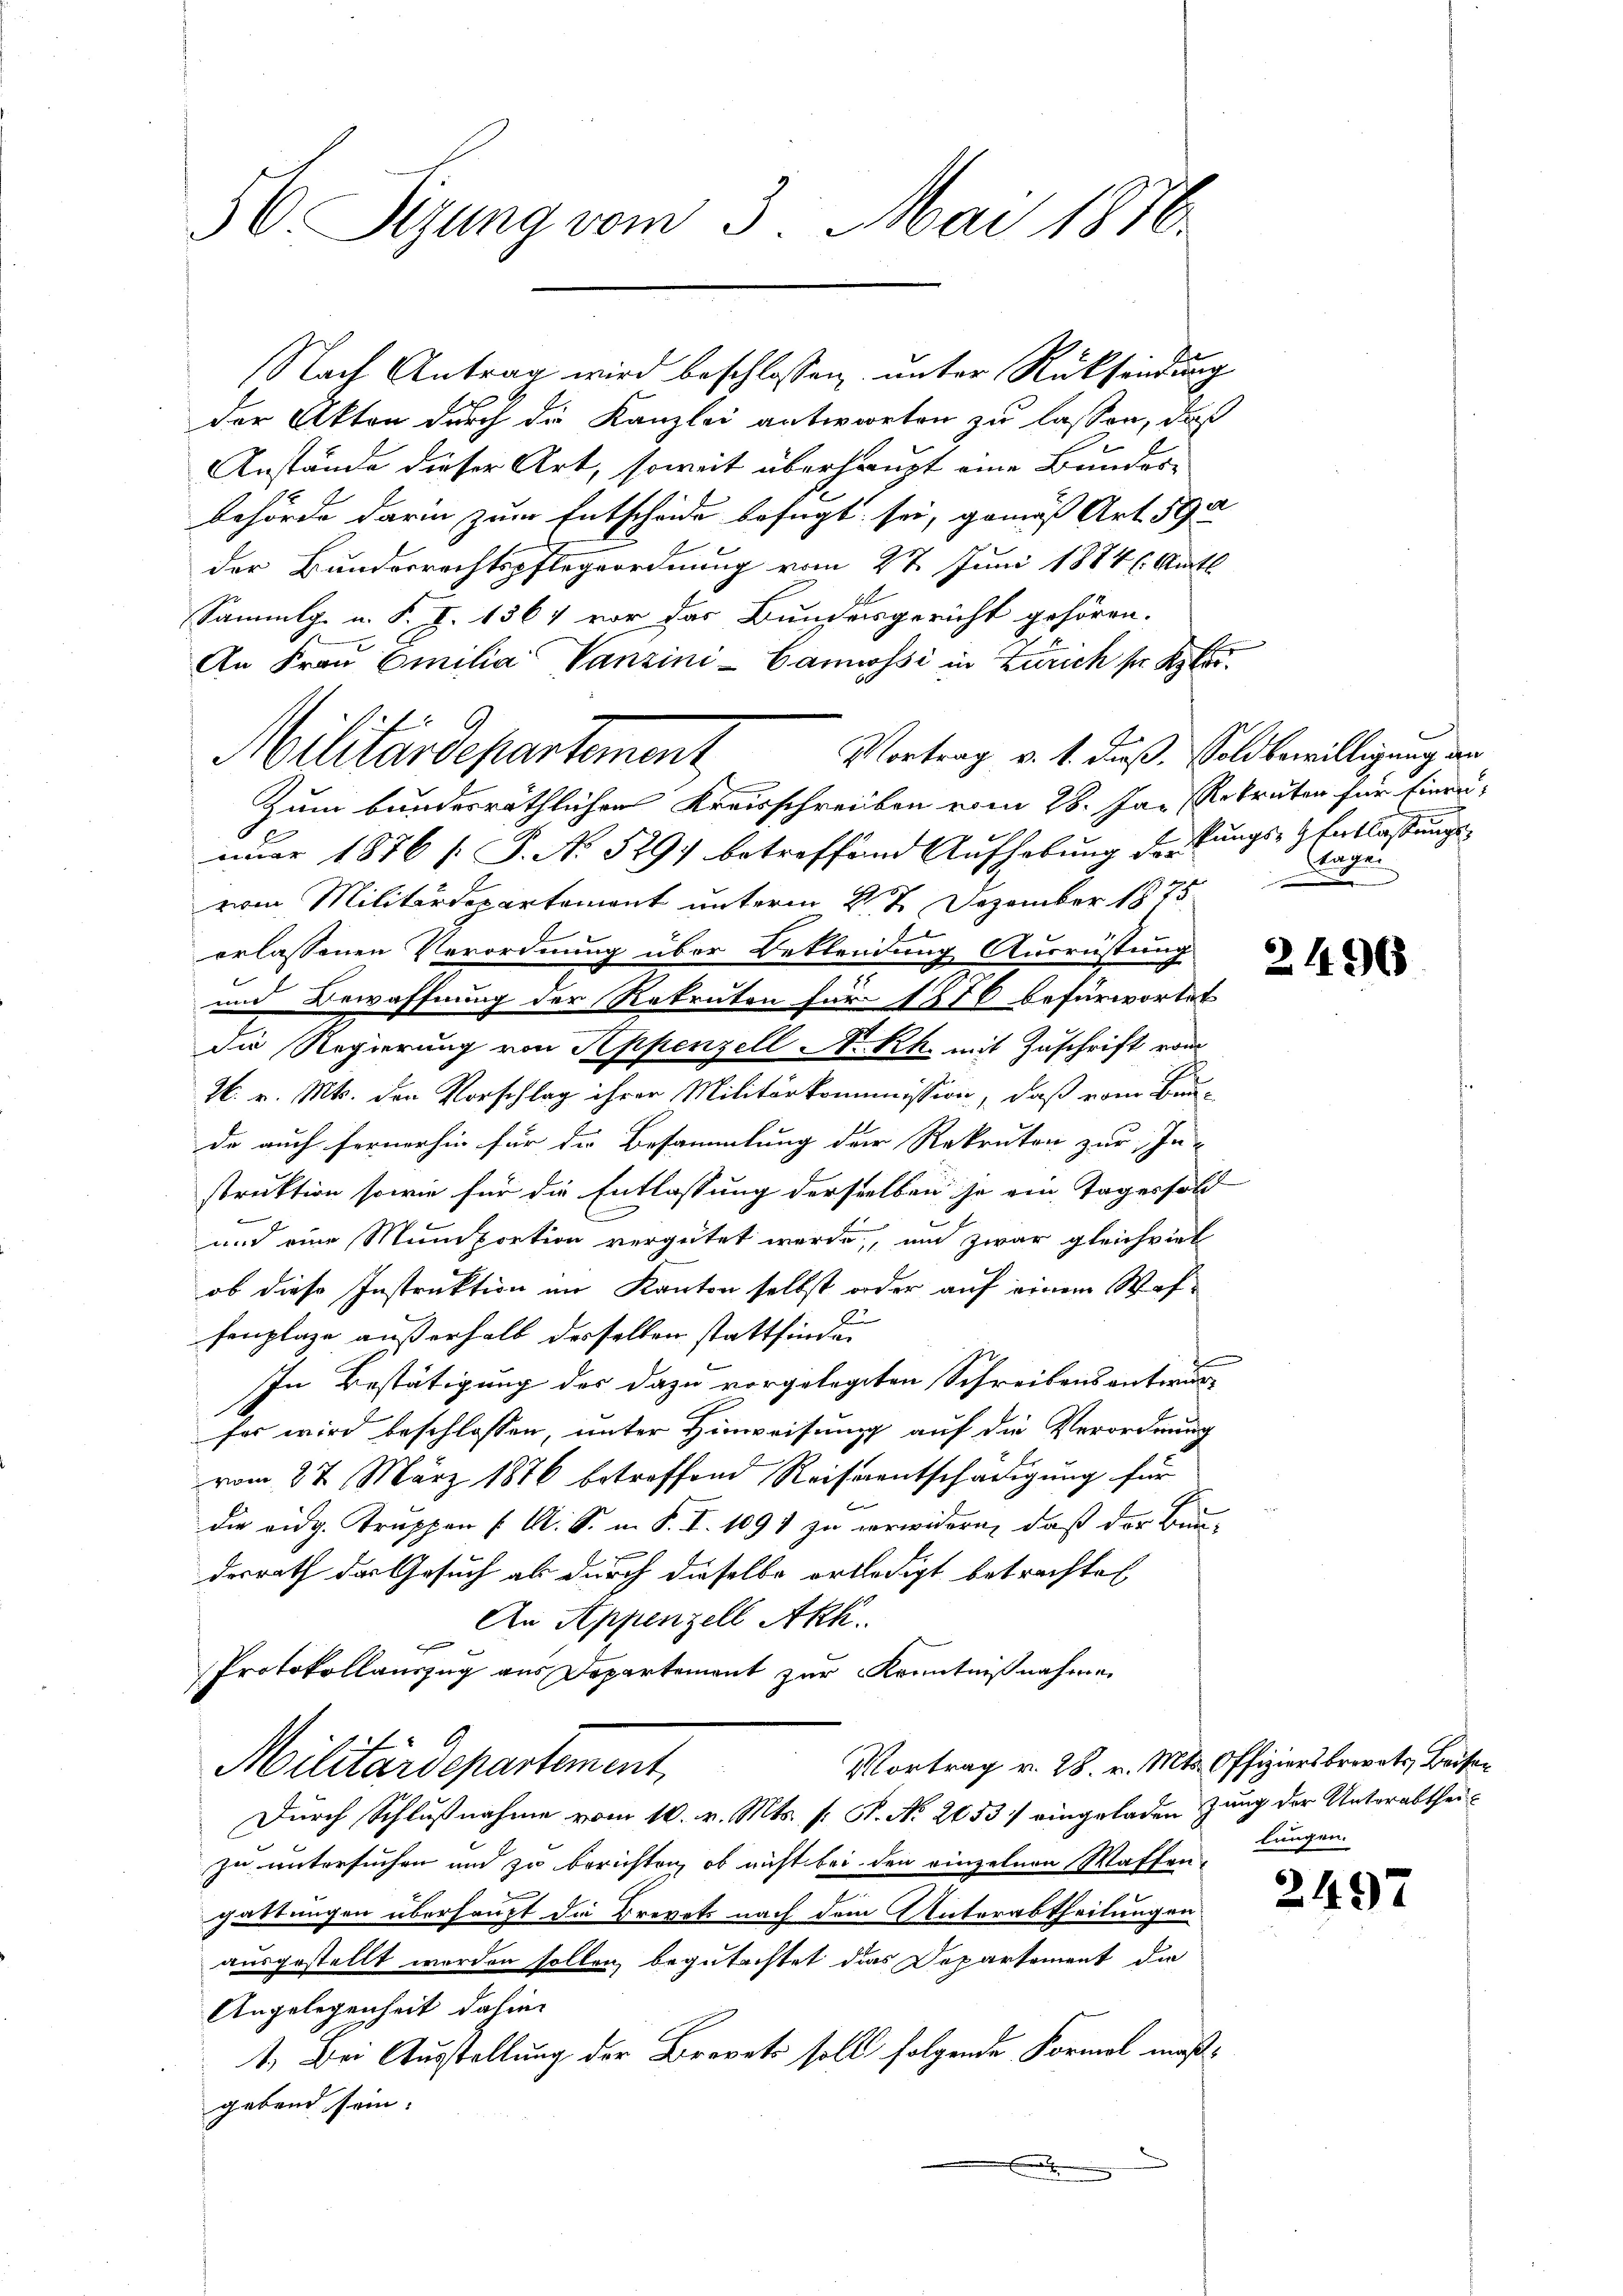
56. Sizung vom 3. Mai 1876.

der Akten durch die Kanzlei antworten zu lassen, daß
Anstände dieser Art, soweit überhaupt eine Bundes-
behörde darin zum Entscheide befugt sei, gemäß Art. 590
der Bundesrechtspflegeordnung vom 27. Juni 1884 (Amts
Sammlg. u. F. J. 1364 vor das Bundesgericht gehören.
An Frau Emilia Vanzini-Cannossi in Zürich sr. K.
Vortrag v. 1. dieß, Sold bewilligung an
Zum bundesräthlichen Krausschreiben vom 28. Jan Rekruten für Einrunuar 1876 [ P. No. 529) betreffend Aufhebung derkungs-Entlassungsvom Militärdepartement unterm 27 Dezember 1875.
erlassenen Verordnung über Beklendung Ausrüstung
und Bewaffnung der Rekruten für 1876 befürwortet
die Regierung von Appenzell N. Rh. mit Zuschrift vom
H. v. Mts. den Vorschlag ihrer Militärkommission, daß vom Bau-
de auch fernerhin für die Besammlung der Rekruten zur In-
struktion sowie für die Entlassung derselben je ein Tages sold
und eine Muniportion vergütet werde, und zwar gleichviel
ob diese Instruktion im Kanton selbst oder auf einem Waffenplaze außerhalb derselben stattfinde
In Bestätigung des dazu vorgelegten Schreibensentwurfes wird beschlossen, unter Hinweisung auf die Verordnung
vom 27. März 1876 betreffend Reiseentschädigung für
die eidg. Truppen ( A. S. in P. I. 1091 zu verwidern, daß der Bundesrath der Gesuch als durch dieselbe ertledigt betrachtet
An Appenzell Akk.
E
Protokollauszug aus Departement zur Kenntnißnahmen
Vortrag v. 28. v. Mts. Offiziersbrevets, Beisen
Militärdepartement,
Durch Schlußnahme vom 10. v. Mts. s. S. No. 2053 / eingeladen zung der Unterabtheizu untersuchen und zu berichten, ob nicht bei den einzelnen Waffen-
gattungen überhaupt die Brevets nach dem Unterabtheilungen
ausgestellt worden sollen, begutachtet das Departement die
Angelegenheit dahin
1. Bei Ausstellung der Brevets soll folgende Formel maßgebend sein.

Militärdepartement,

Nach Antrag wird beschlossen unter Rücksendung

Tagen
2

2496

lungen.

2497